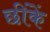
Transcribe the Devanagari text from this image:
छींकें